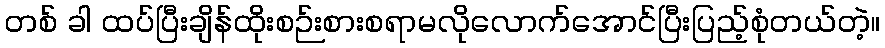
တစ် ခါ ထပ်ပြီးချိန်ထိုးစဉ်းစားစရာမလိုလောက်အောင်ပြီးပြည့်စုံတယ်တဲ့။